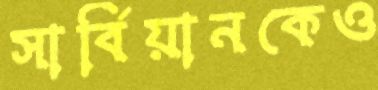
সার্বিয়ানকেও